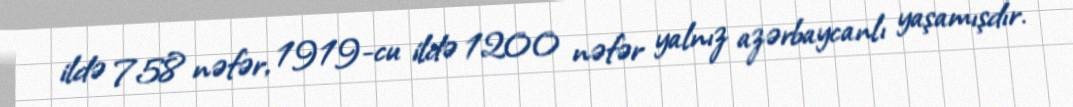
ildə 758 nəfər, 1919-cu ildə 1200 nəfər yalnız azərbaycanlı yaşamışdır.